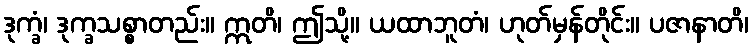
ဒုက္ခံ၊ ဒုက္ခသစ္စာတည်း။ ဣတိ၊ ဤသို့။ ယထာဘူတံ၊ ဟုတ်မှန်တိုင်း။ ပဇာနာတိ၊